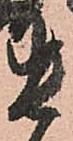
貴